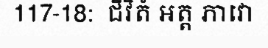
117-18:  ជីវិតំ អត្ត ភាវោ